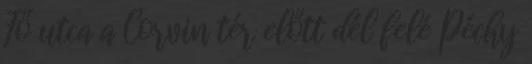
Fő utca a Corvin tér előtt dél felé Péchy